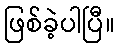
ဖြစ်ခဲ့ပါပြီ။